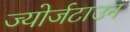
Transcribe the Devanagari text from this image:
ज्योर्जटाउन